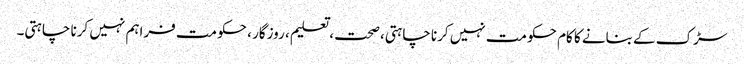
سڑک کے بنانے کا کام حکومت نہیں کرنا چاہتی،صحت ، تعلیم ، روزگار ، حکومت فراہم نہیں کرنا چاہتی۔